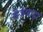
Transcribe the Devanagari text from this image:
वैजवाड़ा